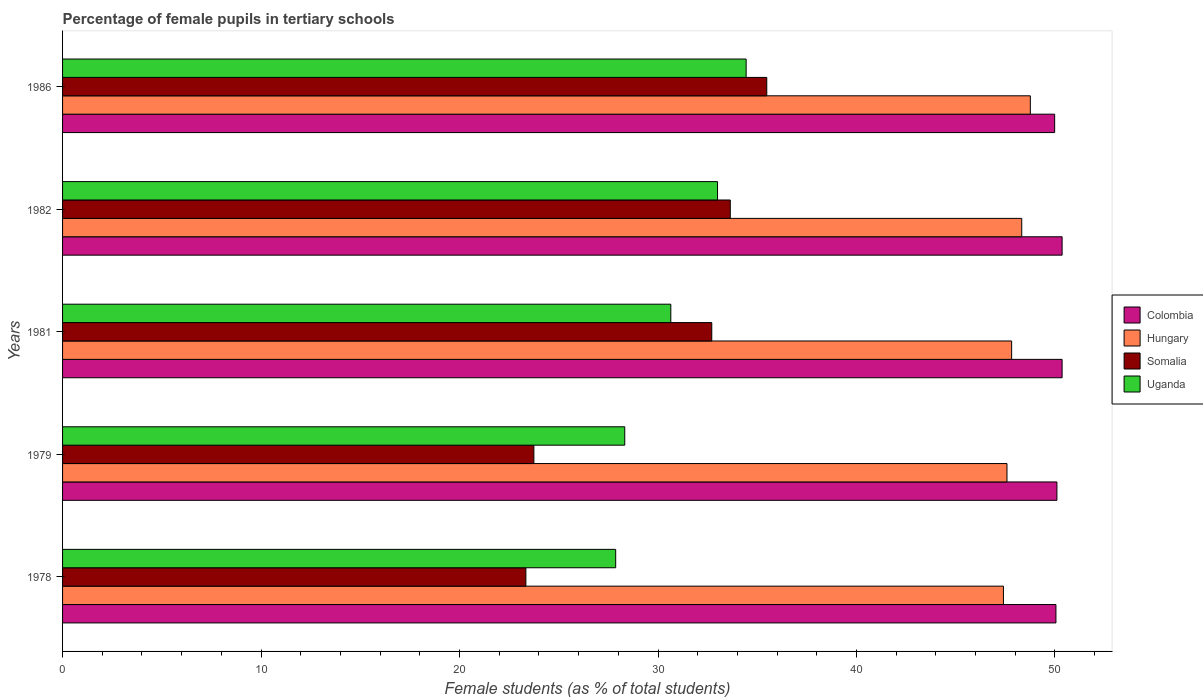
| Years | Colombia | Hungary | Somalia | Uganda |
 | --- | --- | --- | --- | --- |
 | 1978 | 50 | 47.4 | 23.3 | 27.9 |
 | 1979 | 50.1 | 47.6 | 23.7 | 28.3 |
 | 1981 | 50.4 | 47.8 | 32.7 | 30.6 |
 | 1982 | 50.4 | 48.3 | 33.6 | 33 |
 | 1986 | 50 | 48.8 | 35.5 | 34.4 |